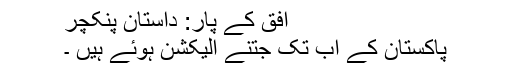
افق کے پار: داستانِ پنکچر
پاکستان کے اب تک جتنے الیکشن ہوئے ہیں ۔